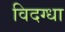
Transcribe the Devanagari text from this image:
विदग्धा